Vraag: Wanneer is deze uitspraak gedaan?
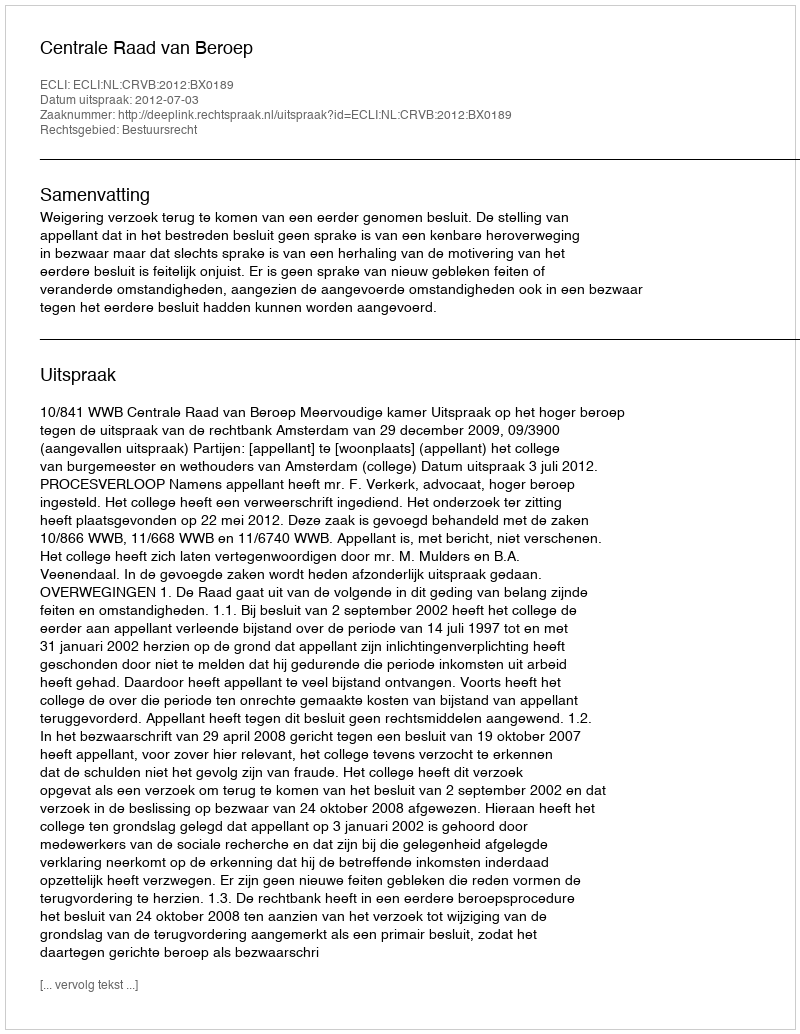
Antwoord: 2012-07-03